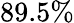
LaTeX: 89.5\%